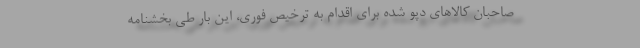
صاحبان کالاهای دپو شده برای اقدام به ترخیص فوری، این بار طی بخشنامه